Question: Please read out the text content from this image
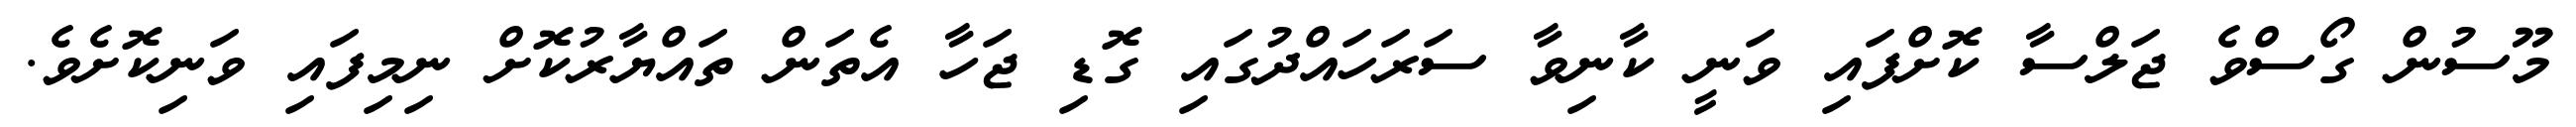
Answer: މޫސުން ގޯސްވެ ޖަލްސާ ކޮށްފައި ވަނީ ކާނިވާ ސަރަހައްދުގައި ގޮޑި ޖަހާ އެތަން ތައްޔާރުކޮށް ނިމިފައި ވަނިކޮށެވެ.